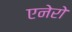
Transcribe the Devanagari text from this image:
एनेरो